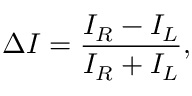
\Delta I = \frac { I _ { R } - I _ { L } } { I _ { R } + I _ { L } } ,